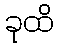
ခုထိ